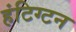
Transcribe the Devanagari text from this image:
हंटिग्टन